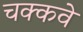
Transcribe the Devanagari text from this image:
चक्‍कवे